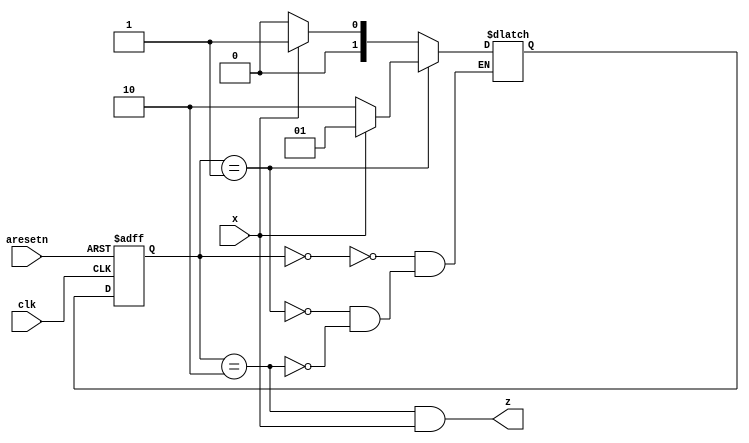
module top_module (
    input clk,
    input aresetn,    // Asynchronous active-low reset
    input x,
    output z ); 
    
    parameter a=0,b=1,c=2;
    reg[1:0] state, next;
    
    always@(*) begin
        case(state)
            a: next = (x)? b : a;
            b: next = (x)? b : c;
            c: next = (x)? b : a;
        endcase
    end
    
    always@(posedge clk or negedge aresetn) begin
        if(!aresetn) 
            state <= a;
        else
            state <= next;
    end
    
    assign z = (state == c) & x;

endmodule

/*
module top_module (
	input clk,
	input aresetn,
	input x,
	output reg z
);

	// Give state names and assignments. I'm lazy, so I like to use decimal numbers.
	// It doesn't really matter what assignment is used, as long as they're unique.
	parameter S=0, S1=1, S10=2;
	reg[1:0] state, next;		// Make sure state and next are big enough to hold the state encodings.
	
	
	
	// Edge-triggered always block (DFFs) for state flip-flops. Asynchronous reset.			
	always@(posedge clk, negedge aresetn)
		if (!aresetn)
			state <= S;
		else
			state <= next;
			
	

    // Combinational always block for state transition logic. Given the current state and inputs,
    // what should be next state be?
    // Combinational always block: Use blocking assignments.    
	always@(*) begin
		case (state)
			S: next = x ? S1 : S;
			S1: next = x ? S1 : S10;
			S10: next = x ? S1 : S;
			default: next = 'x;
		endcase
	end
	
	
	
	// Combinational output logic. I used a combinational always block.
	// In a Mealy state machine, the output depends on the current state *and*
	// the inputs.
	always@(*) begin
		case (state)
			S: z = 0;
			S1: z = 0;
			S10: z = x;		// This is a Mealy state machine: The output can depend (combinational) on the input.
			default: z = 1'bx;
		endcase
	end
	
endmodule

*/